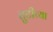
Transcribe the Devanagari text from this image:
तुटीच्या